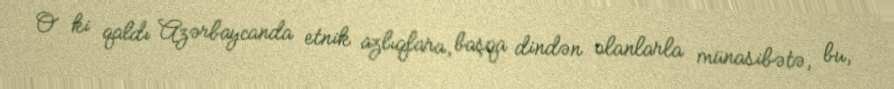
O ki qaldı Azərbaycanda etnik azlıqlara, başqa dindən olanlarla münasibətə, bu,